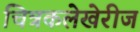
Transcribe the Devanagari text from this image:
चित्रकलेखेरीज